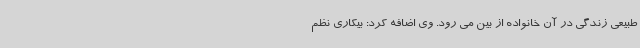
طبیعی زندگی در آن خانواده از بین می رود. وی اضافه کرد: بیکاری نظم